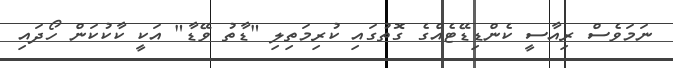
ނަމަވެސް ރިއާސީ ކެންޑިޑޭޓެއްގެ ގޮތުގައި ކުރިމަތިލި "ޑާތު ވޭޑާ" އަކީ ކާކުކަން ހޯދައި